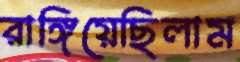
রাঙ্গিয়েছিলাম